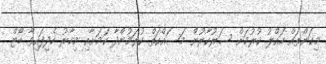
މިކަންތައް ހައްލު ކުރުމަށް ސަރުކާރުން މަސައްކަތް ކުރަމުންދާ ކަމަށާއި މިހާރު ހެދިފައިވާ ބޯޓް